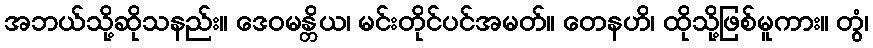
အဘယ်သို့ဆိုသနည်း။ ဒေဝမန္တိယ၊ မင်းတိုင်ပင်အမတ်။ တေနဟိ၊ ထိုသို့ဖြစ်မူကား။ တွံ၊